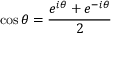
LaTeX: \cos \theta = { \frac { e ^ { i \theta } + e ^ { - i \theta } } { 2 } }